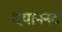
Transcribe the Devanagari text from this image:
दयाननद